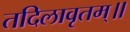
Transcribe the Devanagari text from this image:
तदिलावृतम्॥